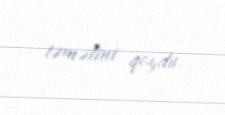
təməlini qoydu.